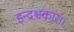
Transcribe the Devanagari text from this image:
इन्द्रश्चकार॥